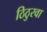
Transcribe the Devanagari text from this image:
ठिठुरवा